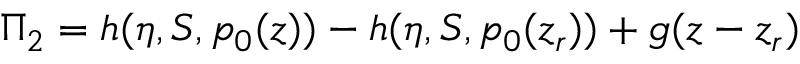
\Pi _ { 2 } = h ( \eta , S , p _ { 0 } ( z ) ) - h ( \eta , S , p _ { 0 } ( z _ { r } ) ) + g ( z - z _ { r } )